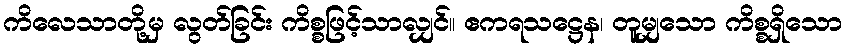
ကိလေသာတို့မှ လွတ်ခြင်း ကိစ္စဖြင့်သာလျှင်။ ဧကရသဋ္ဌေန၊ တူမျှသော ကိစ္စရှိသော